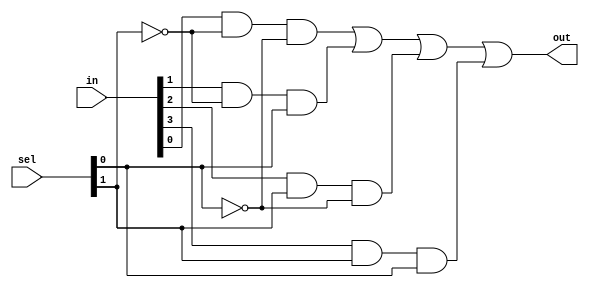
`default_nettype none
module mux4 (in, sel, out);
	input wire[3:0] in;
	input wire[1:0] sel;
	output wire out;

	wire t1, t2, t3, t4, t5;

    and a1(t1, in[0], !sel[1], !sel[0]);
    and a2(t2, in[1], !sel[1], sel[0]);
    and a3(t3, in[2], sel[1], !sel[0]);
    and a4(t4, in[3], sel[1], sel[0]);
    or or1(t5, t1, t2, t3, t4);

	assign out = t5;
	
endmodule